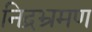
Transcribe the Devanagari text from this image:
निद्रभ्रमण